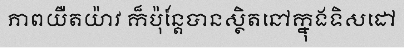
ភាពយឺតយ៉ាវ ក៏ប៉ុន្តែបានស្ថិតនៅក្នុងទិសដៅ